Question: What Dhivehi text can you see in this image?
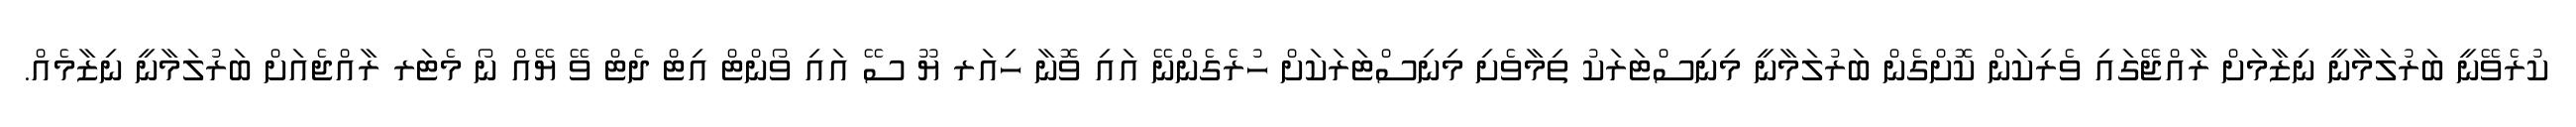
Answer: ކުރެވޭނީ ބަރުލަމާނީ ނިޒާމަށް ރާއްޖޭގައި ވެރިކަން ކޮށްގެން ބަރުލަމާނީ މިނިސްޓަރަކު ތިމާވެށި މިނިސްޓަރަކަށް ހުރެގެންނޭ އައި ވޮނާ ހިއަރ ޔޫ ސޭ އައި ވޯންޓް އިޓް ދެޓް ވޭ ޔޭއް ނޯ މެޓަރ ރާއްޖެއަށް ބަރުލަމާނީ ނިޒާމެއް.